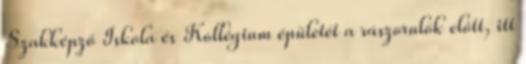
Szakképző Iskola és Kollégium épületét a rászorulók előtt, itt